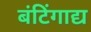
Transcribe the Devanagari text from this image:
बंटिंगाद्य